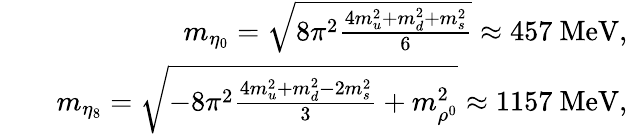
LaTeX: \begin{array}{rlr}&{}&{m_{\eta_{0}}=\sqrt{8\pi^{2}\frac{4m_{u}^{2}+m_{d}^{2}+m_{s}^{2}}{6}}\approx 457\ \mathrm{{MeV}},}\\ &{}&{m_{\eta_{8}}=\sqrt{-8\pi^{2}\frac{4m_{u}^{2}+m_{d}^{2}-2m_{s}^{2}}{3}+m_{\rho^{0}}^{2}}\approx 1157\ {\mathrm{MeV}},}\end{array}